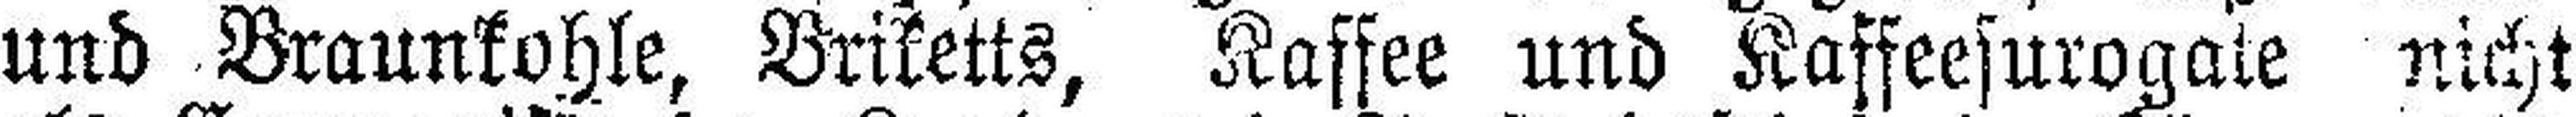
und Braunkohle, Briketts, Kaffee und Kaffeesurogate nicht